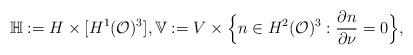
LaTeX: \begin{align*}\mathbb{H}: = H \times [ H^1(\mathcal{O})^3 ], \mathbb{V}:= V\times \Big\{n\in H^2(\mathcal{O})^3 : \frac{\partial n}{\partial \nu} = 0 \Big\} ,\end{align*}